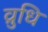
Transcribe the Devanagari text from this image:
व्रुधि